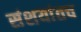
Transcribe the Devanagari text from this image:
संशयांतच